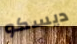
ديسكو